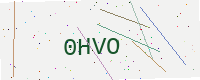
Text: 0HVO